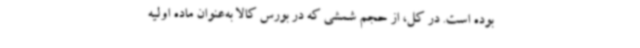
بوده است. در کل، از حجم شمشی که در بورس کالا به‌عنوان ماده اولیه